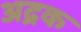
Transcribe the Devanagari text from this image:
अद्रक